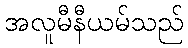
အလူမီနီယမ်သည်